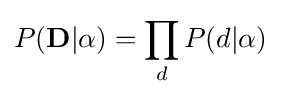
P(\mathbf {D} |\alpha )=\prod _{d}P(d|\alpha )